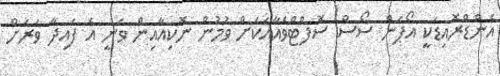
އެންޑްރޮއިޑަކީ އޯޕަން ސޯސް ސޮފްޓްވެއާއަކަށް ވުމުން ނޮކިއާއިން ވަނީ އެ ފައިދާ ވަރަށް